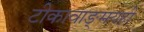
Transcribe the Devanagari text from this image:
टीकावाङ्‌मयही